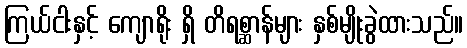
ကြယ်ငါးနှင့် ကျောရိုး ရှိ တိရစ္ဆာန်များ နှစ်မျိုးခွဲထားသည်။